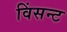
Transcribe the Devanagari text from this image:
विंसन्ट